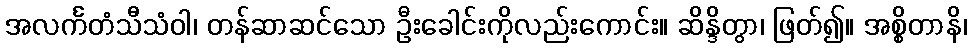
အလင်္ကတံသီသံဝါ၊ တန်ဆာဆင်သော ဦးခေါင်းကိုလည်းကောင်း။ ဆိန္ဒိတွာ၊ ဖြတ်၍။ အစ္စိတာနိ၊